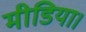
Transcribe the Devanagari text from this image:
मीडिया।